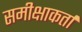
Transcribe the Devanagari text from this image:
समीक्षाकर्ता